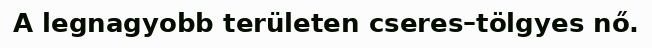
A legnagyobb területen cseres–tölgyes nő.